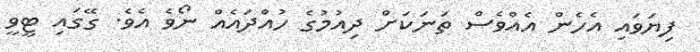
ފިޔަވައި އެހެން އެއްވެސް ތަނަކަށް ދިއުމުގެ ހުއްދައެއް ނޯވެ އެވެ. ގޭގައި ޓީވީ